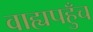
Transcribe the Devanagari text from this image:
वाह्यपहुँच